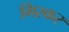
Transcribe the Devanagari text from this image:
गिरकर